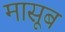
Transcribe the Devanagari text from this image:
मासूब